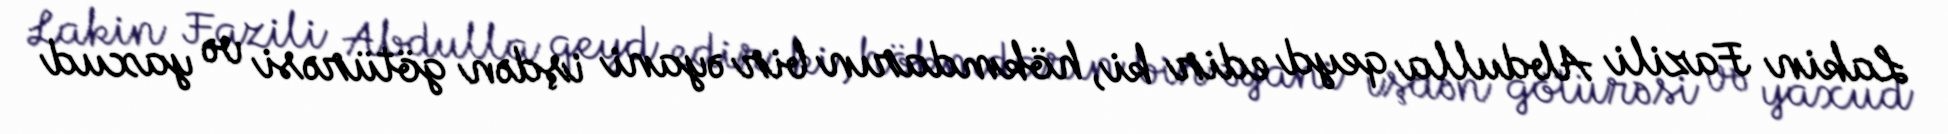
Lakin Fazili Abdulla qeyd edir ki, hökmdarın bir əyani işdən götürəsi və yaxud